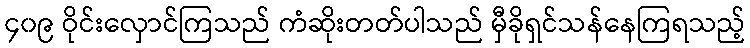
၄၀၉ ဝိုင်းလှောင်ကြသည် ကံဆိုးတတ်ပါသည် မှီခိုရှင်သန်နေကြရသည့်